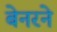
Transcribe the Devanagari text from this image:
बेनरने